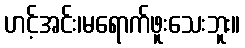
ဟင့်အင်း၊မရောက်ဖူးသေးဘူး။